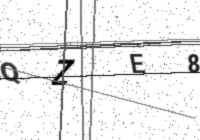
Text: QZE8